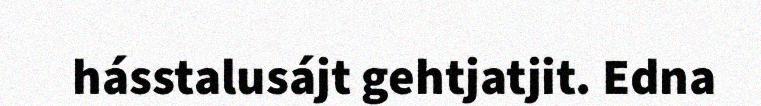
hásstalusájt gehtjatjit. Edna